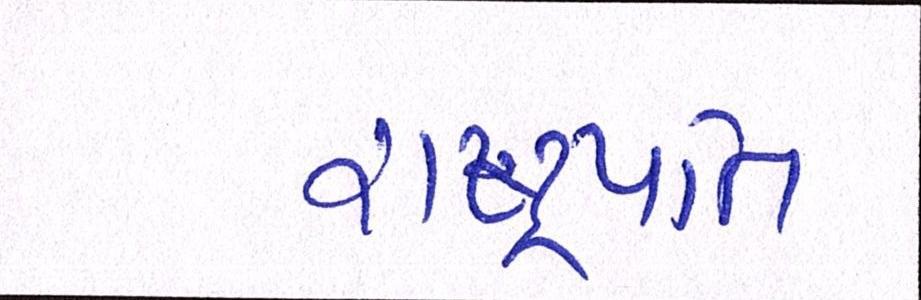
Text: રાષ્ટ્રપતિ